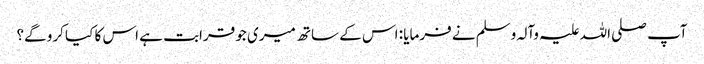
آپ صلی اللہ علیہ وآلہ وسلم نے فرمایا : اس کے ساتھ میری جو قرابت ہے اس کا کیا کرو گے؟